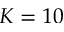
K = 1 0